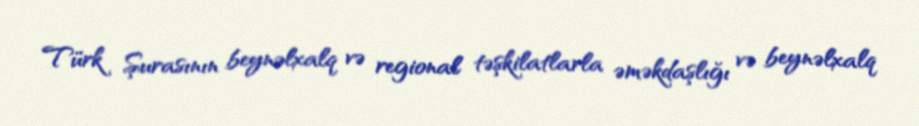
Türk Şurasının beynəlxalq və regional təşkilatlarla əməkdaşlığı və beynəlxalq